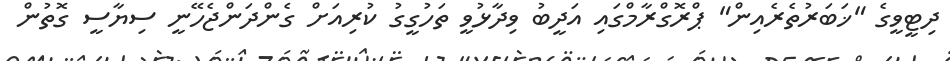
ދިޓީވީގެ "ޚަބަރުތެރެއިން" ޕްރޮގްރާމްގައި އަދީބު ވިދާޅުވީ ތަހުގީގު ކުރިއަށް ގެންދަންޖެހޭނީ ސިޔާސީ ގޮތުން